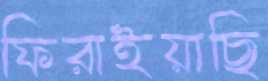
ফিরাইয়াছি